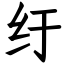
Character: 纡